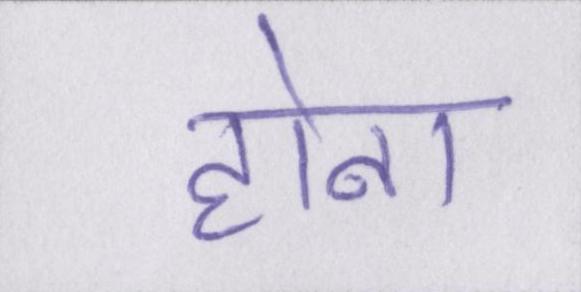
होना